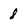
Character: 8